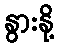
နွားနို့